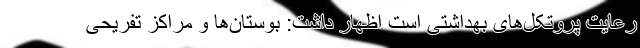
رعایت پروتکل‌های بهداشتی است اظهار داشت: بوستان‌ها و مراکز تفریحی